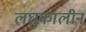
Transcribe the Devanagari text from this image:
लघुकालीन